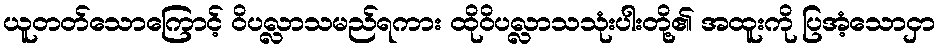
ယူတတ်သောကြောင့် ဝိပလ္လာသမည်ရကား ထိုဝိပလ္လာသသုံးပါးတို့၏ အထူးကို ပြအံ့သောငှာ